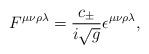
LaTeX: \begin{align*}F^{\mu\nu\rho\lambda} = \frac{c_\pm}{i \sqrt{g}}\epsilon^{\mu\nu\rho\lambda},\end{align*}